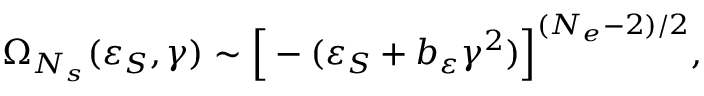
\Omega _ { N _ { s } } ( \varepsilon _ { S } , \gamma ) \sim \Big [ - ( \varepsilon _ { S } + b _ { \varepsilon } \gamma ^ { 2 } ) \Big ] ^ { ( N _ { e } - 2 ) / 2 } ,